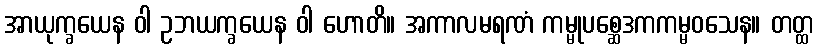
အာယုက္ခယေန ဝါ ဥဘယက္ခယေန ဝါ ဟောတိ။ အကာလမရဏံ ကမ္မုပစ္ဆေဒကကမ္မဝသေန။ တတ္ထ